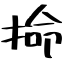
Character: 掵